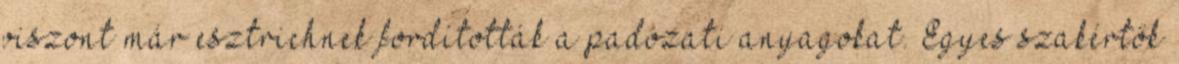
viszont már esztrichnek fordították a padozati anyagokat. Egyes szakértők